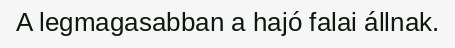
A legmagasabban a hajó falai állnak.